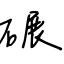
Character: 碾